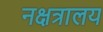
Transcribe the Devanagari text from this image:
नक्षत्रालय